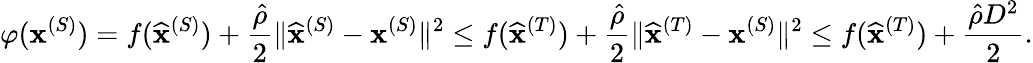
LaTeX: \varphi({\mathbf x}^{(S)})=f(\widehat{\mathbf x}^{(S)})+\frac{\hat{\rho}}{2}\| \widehat{\mathbf x}^{(S)}-{\mathbf x}^{(S)}\| ^{2}\leq f(\widehat{\mathbf x}^{(T)})+\frac{\hat{\rho}}{2}\| \widehat{\mathbf x}^{(T)}-{\mathbf x}^{(S)}\| ^{2}\leq f(\widehat{\mathbf x}^{(T)})+\frac{\hat{\rho}D^{2}}{2}.